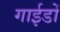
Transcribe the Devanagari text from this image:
गाईडों